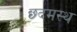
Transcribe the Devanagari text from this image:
छ्दमस्थ